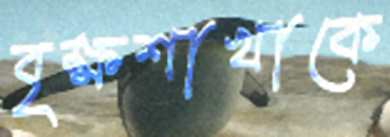
বৃক্ষশাখাকে